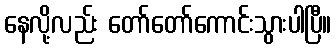
နေလို့လည်း တော်တော်ကောင်းသွားပါပြီ။